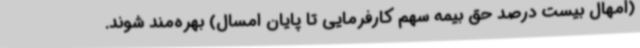
(امهال بیست درصد حق بیمه سهم کارفرمایی تا پایان امسال) بهره‌مند شوند.